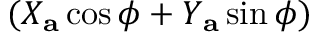
( X _ { \mathbf { a } } \cos \phi + Y _ { \mathbf { a } } \sin \phi )